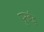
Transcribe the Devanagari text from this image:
पुनर्बद्ध